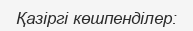
Қазіргі көшпенділер: